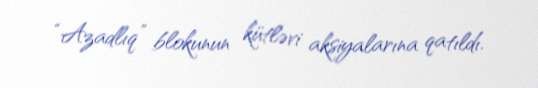
“Azadlıq” blokunun kütləvi aksiyalarına qatıldı.